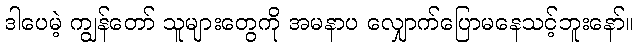
ဒါပေမဲ့ ကျွန်တော် သူများတွေကို အမနာပ လျှောက်ပြောမနေသင့်ဘူးနော်။